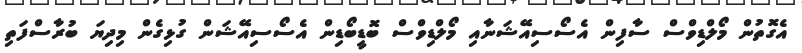
އެގޮތުން މޯލްޑިވްސް ސާފިން އެސޯސިއޭޝަނާއި މޯލްޑިވްސް ބޮޑީބޯޑިން އެސޯސިއޭޝަން ގުޅިގެން މިދިޔަ ބުރާސްފަތި